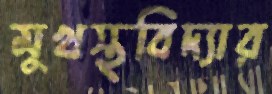
মুখস্থবিদ্যার